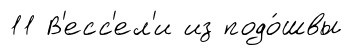
11 В'есс'ел'и из подо́швы